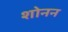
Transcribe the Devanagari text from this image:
शोनन